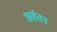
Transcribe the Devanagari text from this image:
अर्हतन